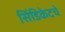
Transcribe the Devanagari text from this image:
सिंडिकेटचे